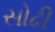
સોઢી